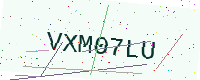
Text: VXM07LU